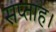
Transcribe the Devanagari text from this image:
सप्ताह।